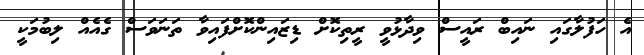
އެ ހަފުލާގައި ނައިބް ރައީސް ވިދާޅުވީ ރީތިކޮށް ޑިޒައިންކޮށްފައިވާ ތަނަވަސް ގެއެއް ލިބުމަކީ